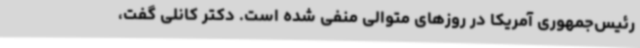
رئیس‌جمهوری آمریکا در روزهای متوالی منفی شده است. دکتر کانلی گفت،